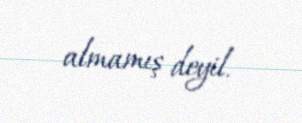
almamış deyil.